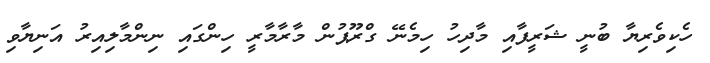
ހެކިވެރިޔާ ބުނީ ޝަރީފާއި މާދިހު ހިމެނޭ ގްރޫޕުން މާރާމާރީ ހިންގައި ނިންމާލިއިރު އަނިޔާވި